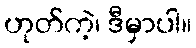
ဟုတ်ကဲ့၊ ဒီမှာပါ။